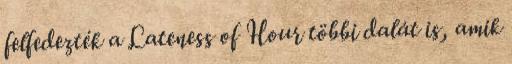
felfedezték a Lateness of Hour többi dalát is, amik